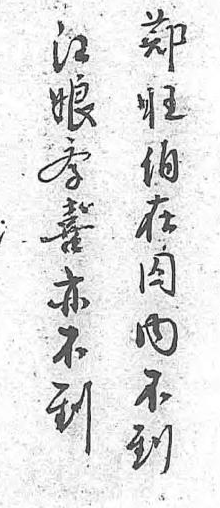
鄭江旺娘伯學在喜囚亦内不不到到